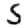
Digit: 5